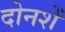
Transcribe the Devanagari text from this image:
दोनशें